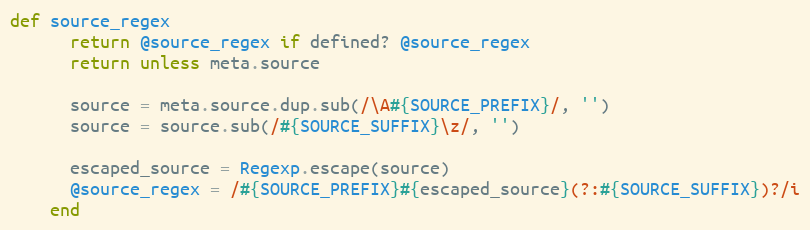
Language: Ruby
def source_regex
      return @source_regex if defined? @source_regex
      return unless meta.source

      source = meta.source.dup.sub(/\A#{SOURCE_PREFIX}/, '')
      source = source.sub(/#{SOURCE_SUFFIX}\z/, '')

      escaped_source = Regexp.escape(source)
      @source_regex = /#{SOURCE_PREFIX}#{escaped_source}(?:#{SOURCE_SUFFIX})?/i
    end